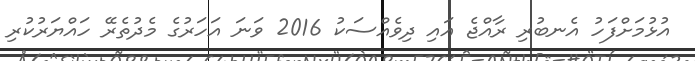
އުޅުމަށްފަހު އެނބުރި ރާއްޖެ އައި ދިވެއްސަކު 2016 ވަނަ އަހަރުގެ މެދުތެރޭ ހައްޔަރުކުރި